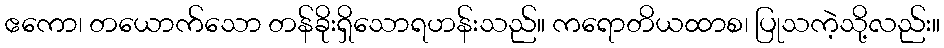
ဧကော၊ တယောက်သော တန်ခိုးရှိသောရဟန်းသည်။ ကရောတိယထာစ၊ ပြုသကဲ့သို့လည်း။